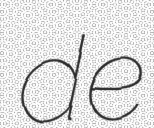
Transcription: de